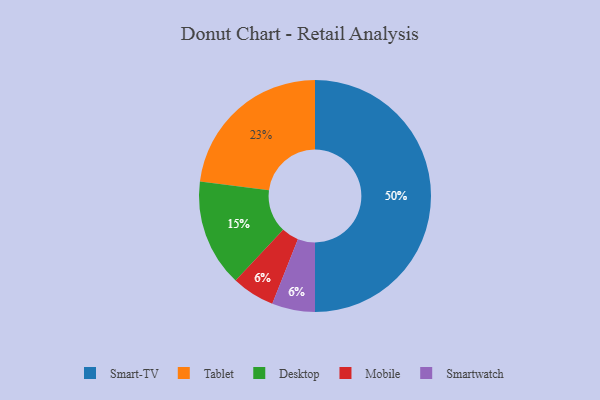
{"axis": {"x": "Category", "y": "Percentage"}, "legend": ["Desktop", "Mobile", "Smart-TV", "Smartwatch", "Tablet"], "data": [{"x": "Desktop", "y": 15, "type": "Desktop"}, {"x": "Mobile", "y": 6, "type": "Mobile"}, {"x": "Smartwatch", "y": 6, "type": "Smartwatch"}, {"x": "Smart-TV", "y": 50, "type": "Smart-TV"}, {"x": "Tablet", "y": 23, "type": "Tablet"}]}